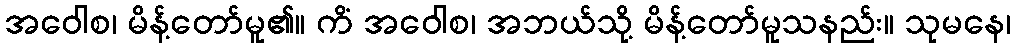
အဝေါစ၊ မိန့်တော်မူ၏။ ကိံ အဝေါစ၊ အဘယ်သို့ မိန့်တော်မူသနည်း။ သုမနေ၊